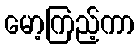
မော့ကြည့်ကာ